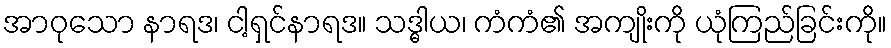
အာဝုသော နာရဒ၊ ငါ့ရှင်နာရဒ။ သဒ္ဓါယ၊ ကံကံ၏ အကျိုးကို ယုံကြည်ခြင်းကို။